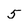
Character: 5